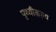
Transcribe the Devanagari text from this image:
पृथ्वीकल्प